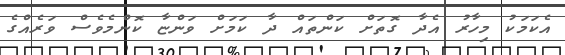
އެކަމަކު މިހާރު އެދާ ގޮތަށް ކަންތައް ދާ ކަމަށް ވަންޏާ ކޮންމެވެސް ވަރެއްގެ